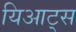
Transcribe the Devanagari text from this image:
यिआट्स